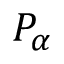
P _ { \alpha }